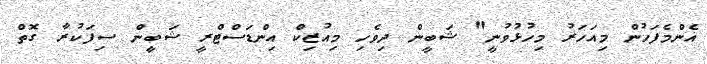
އެންމެފަހުން މިއަހަރު މިހުޅުވުނީ" ޝަބީން ދިވެހި މިއުޒިކް އިންޑަސްޓްރީ ޝަބީން ސިފަކުރާ ގޮތް